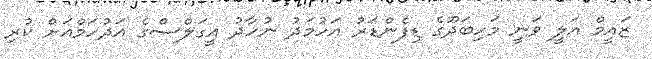
ޒައީމް އަލީ ވަނީ މަހިބަދޫގެ ޑިފެންޑަރު އަހުމަދު ނުހާދު އީގަލްސްގެ އަދުހަމްއަށް ކުރި